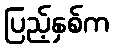
ပြည့်နှစ်က